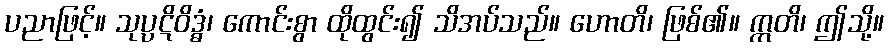
ပညာဖြင့်။ သုပ္ပဋိဝိဒ္ဓံ၊ ကောင်းစွာ ထိုထွင်း၍ သိအပ်သည်။ ဟောတိ၊ ဖြစ်၏။ ဣတိ၊ ဤသို့။